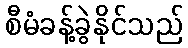
စီမံခန့်ခွဲနိုင်သည်